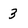
Character: 3